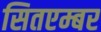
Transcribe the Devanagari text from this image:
सितएम्बर